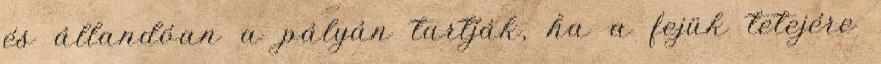
és állandóan a pályán tartják, ha a fejük tetejére